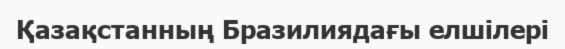
Қазақстанның Бразилиядағы елшілері